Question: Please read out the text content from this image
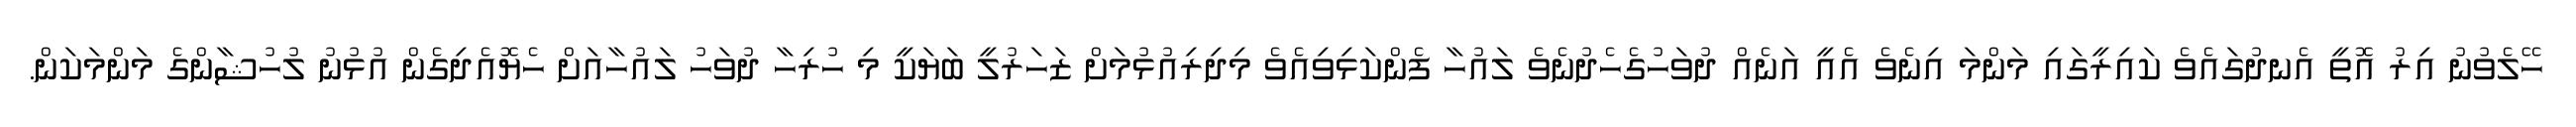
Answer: ހޭލެވުނު އިރު އޮތީ އެނދުގައެވެ ކައިރީގައި މަންމަ އިނެވެ އެއީ އަނެއް ދުވަހުގެހެދުނެވެ ލައުހާ ފެންކަޅިވިއެވެ މިދިރިއުޅުމަށް ޒަހަރުލީ ބަޔަކީ މި ހުރިހާ ދުވަހު ލައުހާއަށް ހެޔޮއެދިގެން އުޅުނު ލުހުޝާންގެ މަންމަކަން.